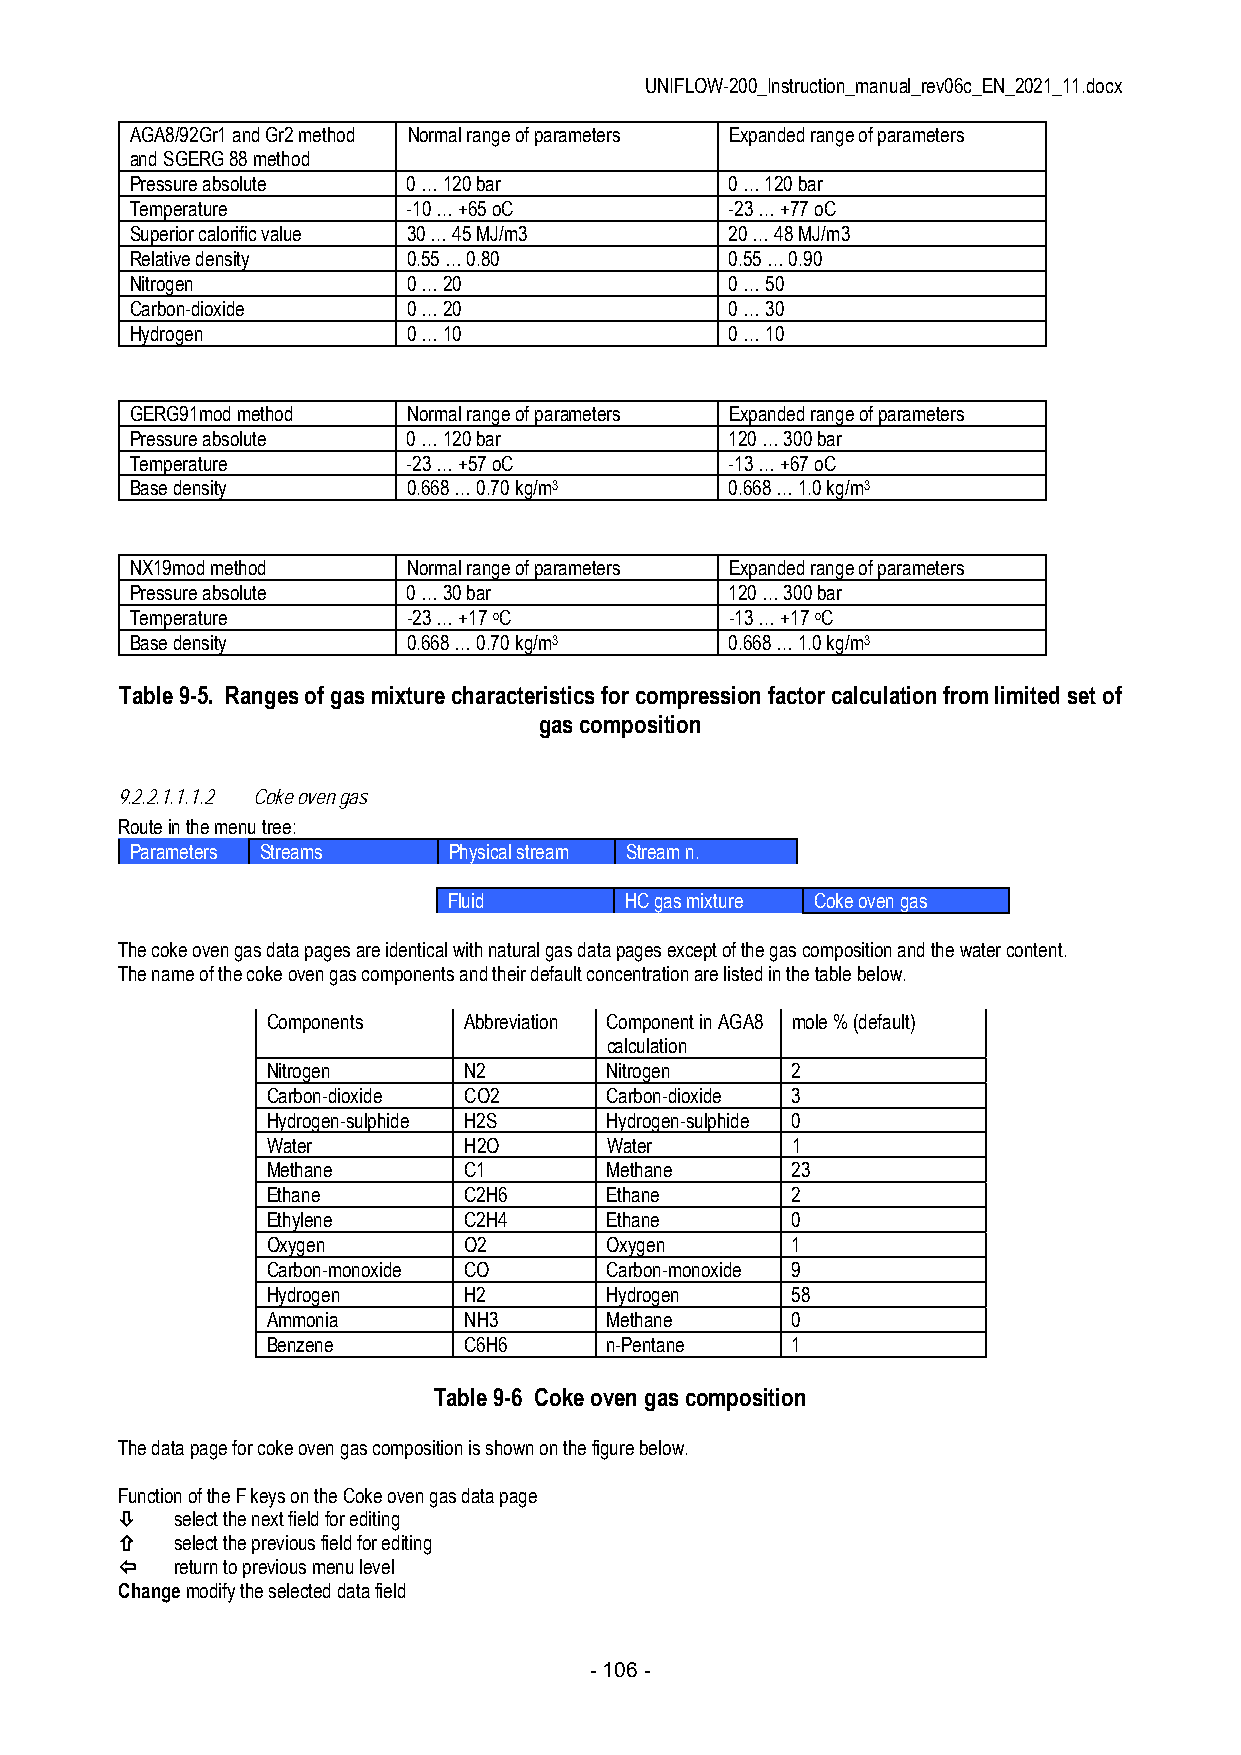
UNIFLOW-200_Instruction_manual_rev06c_EN_2021_11.docx
 AGA8/92Gr1 and Gr2 method Normal range of parameters Expanded range of parameters
 and SGERG 88 method
 Pressure absolute 0 … 120 bar          0 … 120 bar
 Temperature       -10 … +65 oC         -23 … +77 oC
 Superior calorific value 30 … 45 MJ/m3 20 … 48 MJ/m3
 Relative density  0.55 … 0.80          0.55 … 0.90
 Nitrogen          0 … 20               0 … 50
 Carbon-dioxide    0 … 20               0 … 30
 Hydrogen          0 … 10               0 … 10
 GERG91mod method  Normal range of parameters Expanded range of parameters
 Pressure absolute 0 … 120 bar          120 … 300 bar
 Temperature       -23 … +57 oC         -13 … +67 oC
 Base density      0.668 … 0.70 kg/m3   0.668 … 1.0 kg/m3
 NX19mod method    Normal range of parameters Expanded range of parameters
 Pressure absolute 0 … 30 bar           120 … 300 bar
 Temperature       -23 … +17 oC         -13 … +17 oC
 Base density      0.668 … 0.70 kg/m3   0.668 … 1.0 kg/m3
 Table 9-5. Ranges of gas mixture characteristics for compression factor calculation from limited set of
 gas composition
 9.2.2.1.1.1.2 Coke oven gas
 Route in the menu tree:
 Parameters Streams   Physical stream Stream n.
 Fluid      HC gas mixture Coke oven gas
 The coke oven gas data pages are identical with natural gas data pages except of the gas composition and the water content.
 The name of the coke oven gas components and their default concentration are listed in the table below.
 Components   Abbreviation Component in AGA8 mole % (default)
 calculation
 Nitrogen     N2       Nitrogen    2
 Carbon-dioxide CO2    Carbon-dioxide 3
 Hydrogen-sulphide H2S Hydrogen-sulphide 0
 Water        H2O      Water       1
 Methane      C1       Methane     23
 Ethane       C2H6     Ethane      2
 Ethylene     C2H4     Ethane      0
 Oxygen       O2       Oxygen      1
 Carbon-monoxide CO    Carbon-monoxide 9
 Hydrogen     H2       Hydrogen    58
 Ammonia      NH3      Methane     0
 Benzene      C6H6     n-Pentane   1
 Table 9-6 Coke oven gas composition
 The data page for coke oven gas composition is shown on the figure below.
 Function of the F keys on the Coke oven gas data page
    select the next field for editing
    select the previous field for editing
    return to previous menu level
 Change modify the selected data field
 - 106 -